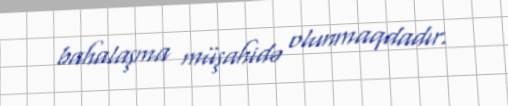
bahalaşma müşahidə olunmaqdadır.